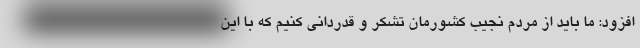
افزود: ما باید از مردم نجیب کشورمان تشکر و قدردانی کنیم که با این